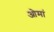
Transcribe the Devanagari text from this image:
ओमां